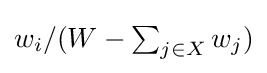
\textstyle w_{i}/(W-\sum _{j\in X}{w_{j}})